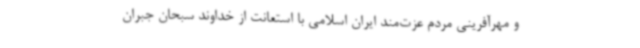
و مهرآفرینی مردم عزت‌مند ایران اسلامی با استعانت از خداوند سبحان جبران